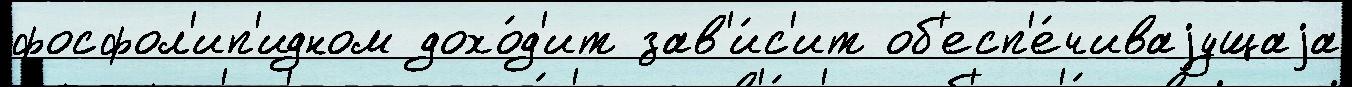
фосфол'ип'идном дохо́д'ит зав'и́с'ит об'есп'е́чиваjущаjа